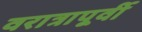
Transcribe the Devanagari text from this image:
वरात्रापूर्वी